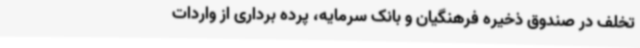
تخلف در صندوق ذخیره فرهنگیان و بانک سرمایه، پرده برداری از واردات